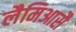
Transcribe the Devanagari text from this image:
लैमिआसै